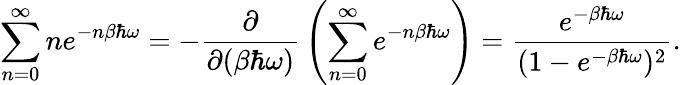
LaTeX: \sum_{n=0}^{\infty}ne^{-n\beta\hbar\omega}=-{\frac{\partial}{\partial(\beta\hbar\omega)}}\left(\sum_{n=0}^{\infty}e^{-n\beta\hbar\omega}\right)={\frac{e^{-\beta\hbar\omega}}{(1-e^{-\beta\hbar\omega})^{2}}}.